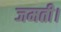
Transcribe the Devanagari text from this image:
जमती।